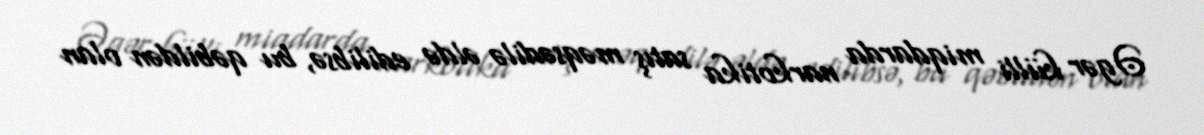
Əgər külli miqdarda narkotika satış məqsədilə əldə edilibsə, bu qəbildən olan